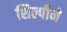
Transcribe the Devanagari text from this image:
शिल्पीने